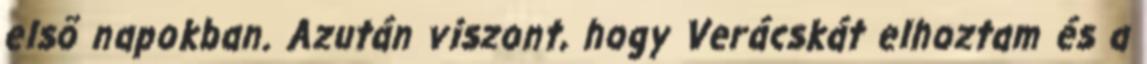
elsõ napokban. Azután viszont, hogy Verácskát elhoztam és a